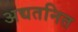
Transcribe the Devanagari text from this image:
अद्यतनित